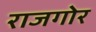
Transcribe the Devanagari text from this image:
राजगोर